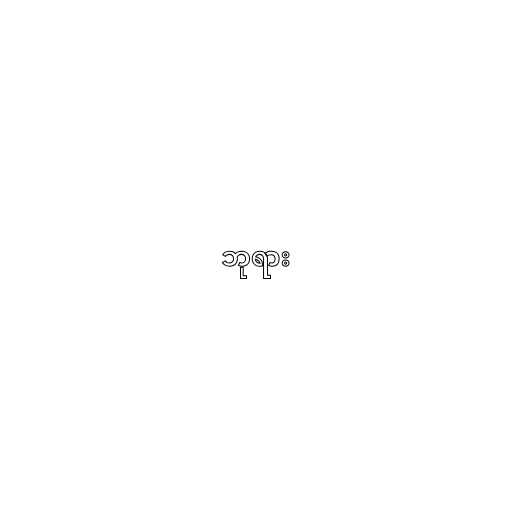
ဘုရား